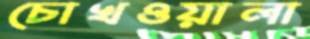
চোখওয়ালা